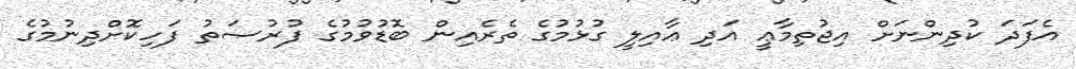
އެފަދަ ކުދިންނަށް އިޖުތިމާޢީ އަދި ޢާއިލީ ގުޅުމުގެ ތެރެއިން ބޮޑުވުމުގެ ފުރުޞަތު ފަހިކޮށްދިނުމުގެ